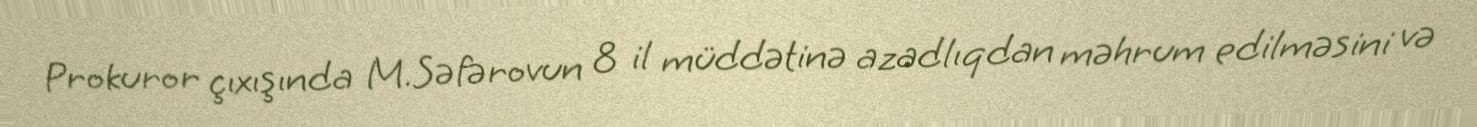
Prokuror çıxışında M.Səfərovun 8 il müddətinə azadlıqdan məhrum edilməsini və